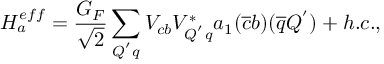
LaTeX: { \cal H } _ { a } ^ { e f f } = \frac { G _ { F } } { \sqrt { 2 } } \sum _ { Q ^ { ' } q } V _ { c b } V _ { Q ^ { ' } q } ^ { * } a _ { 1 } ( \overline { { { c } } } b ) ( \overline { { { q } } } Q ^ { ' } ) + h . c . ,